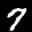
Label: 7